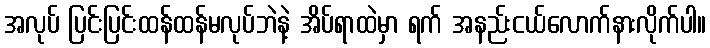
အလုပ် ပြင်းပြင်းထန်ထန်မလုပ်ဘဲနဲ့ အိပ်ရာထဲမှာ ရက် အနည်းငယ်လောက်နားလိုက်ပါ။